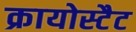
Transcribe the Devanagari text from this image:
क्रायोस्टैट